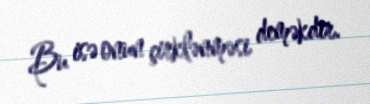
Bu isə onun çirklənməsi deməkdir.